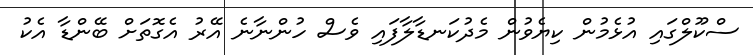
ސްކޫލްގައި އުޅެމުން ކިޔެވުން މެދުކަނޑާލާފައި ވެސް ހުންނާނެ އޭރު އެގޮތަށް ބޭންޑާ އެކު